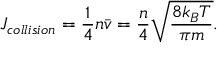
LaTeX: J _ { c o l l i s i o n } = { \frac { 1 } { 4 } } n { \bar { v } } = { \frac { n } { 4 } } { \sqrt { \frac { 8 k _ { B } T } { \pi m } } } .